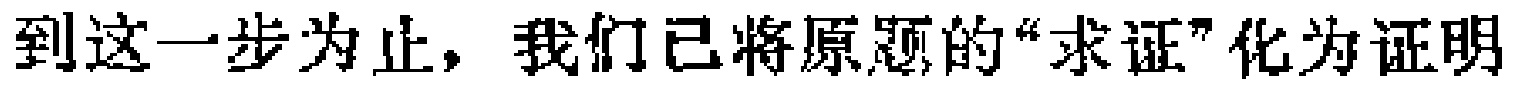
到这一步为止，我们已将原题的“求证”化为证明